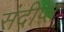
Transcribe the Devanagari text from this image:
संदीप्त